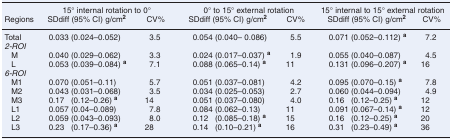
<table><thead><tr><td></td><td colspan="2"><b>15° internal rotation to 0°</b></td><td colspan="2"><b>0° to 15° external rotation</b></td><td colspan="2"><b>15° internal to 15° external rotation</b></td></tr><tr><td><b>Regions</b></td><td><b>SDdiff (95% CI) g/cm2</b></td><td><b>CV%</b></td><td><b>SDdiff (95% CI) g/cm2</b></td><td><b>CV%</b></td><td><b>SDdiff (95% CI) g/cm2</b></td><td><b>CV%</b></td></tr></thead><tbody><tr><td>Total</td><td>0.033 (0.024–0.052)</td><td>3.5</td><td>0.054 (0.040– 0.086)</td><td>5.5</td><td>0.071 (0.052–0.112) <sup><b>a</b></sup></td><td>7.2</td></tr><tr><td colspan="7"><i>2-ROI</i></td></tr><tr><td> M</td><td>0.040 (0.029–0.062)</td><td>3.3</td><td>0.024 (0.017–0.037) <sup><b>a</b></sup></td><td>1.9</td><td>0.055 (0.040–0.087)</td><td>4.5</td></tr><tr><td> L</td><td>0.053 (0.039–0.084) <sup><b>a</b></sup></td><td>7.1</td><td>0.088 (0.065–0.14) <sup><b>a</b></sup></td><td>11</td><td>0.131 (0.096–0.207) <sup><b>a</b></sup></td><td>16</td></tr><tr><td colspan="7"><i>6-ROI</i></td></tr><tr><td> M1</td><td>0.070 (0.051–0.11)</td><td>5.7</td><td>0.051 (0.037–0.081)</td><td>4.2</td><td>0.095 (0.070–0.15) <sup><b>a</b></sup></td><td>7.8</td></tr><tr><td> M2</td><td>0.043 (0.031–0.068)</td><td>3.5</td><td>0.034 (0.025–0.053)</td><td>2.7</td><td>0.060 (0.044–0.094)</td><td>4.9</td></tr><tr><td> M3</td><td>0.17 (0.12–0.26) <sup><b>a</b></sup></td><td>14</td><td>0.051 (0.037–0.080)</td><td>4.0</td><td>0.16 (0.12–0.25) <sup><b>a</b></sup></td><td>12</td></tr><tr><td> L1</td><td>0.057 (0.04–0.089)</td><td>7.8</td><td>0.084 (0.062–0.13)</td><td>11</td><td>0.091 (0.067–0.14) <sup><b>a</b></sup></td><td>12</td></tr><tr><td> L2</td><td>0.059 (0.043–0.093)</td><td>8.0</td><td>0.12 (0.085–0.18) <sup><b>a</b></sup></td><td>15</td><td>0.16 (0.12–0.25) <sup><b>a</b></sup></td><td>20</td></tr><tr><td> L3</td><td>0.23 (0.17–0.36) <sup><b>a</b></sup></td><td>28</td><td>0.14 (0.10–0.21) <sup><b>a</b></sup></td><td>16</td><td>0.31 (0.23–0.49) <sup><b>a</b></sup></td><td>36</td></tr></tbody></table>